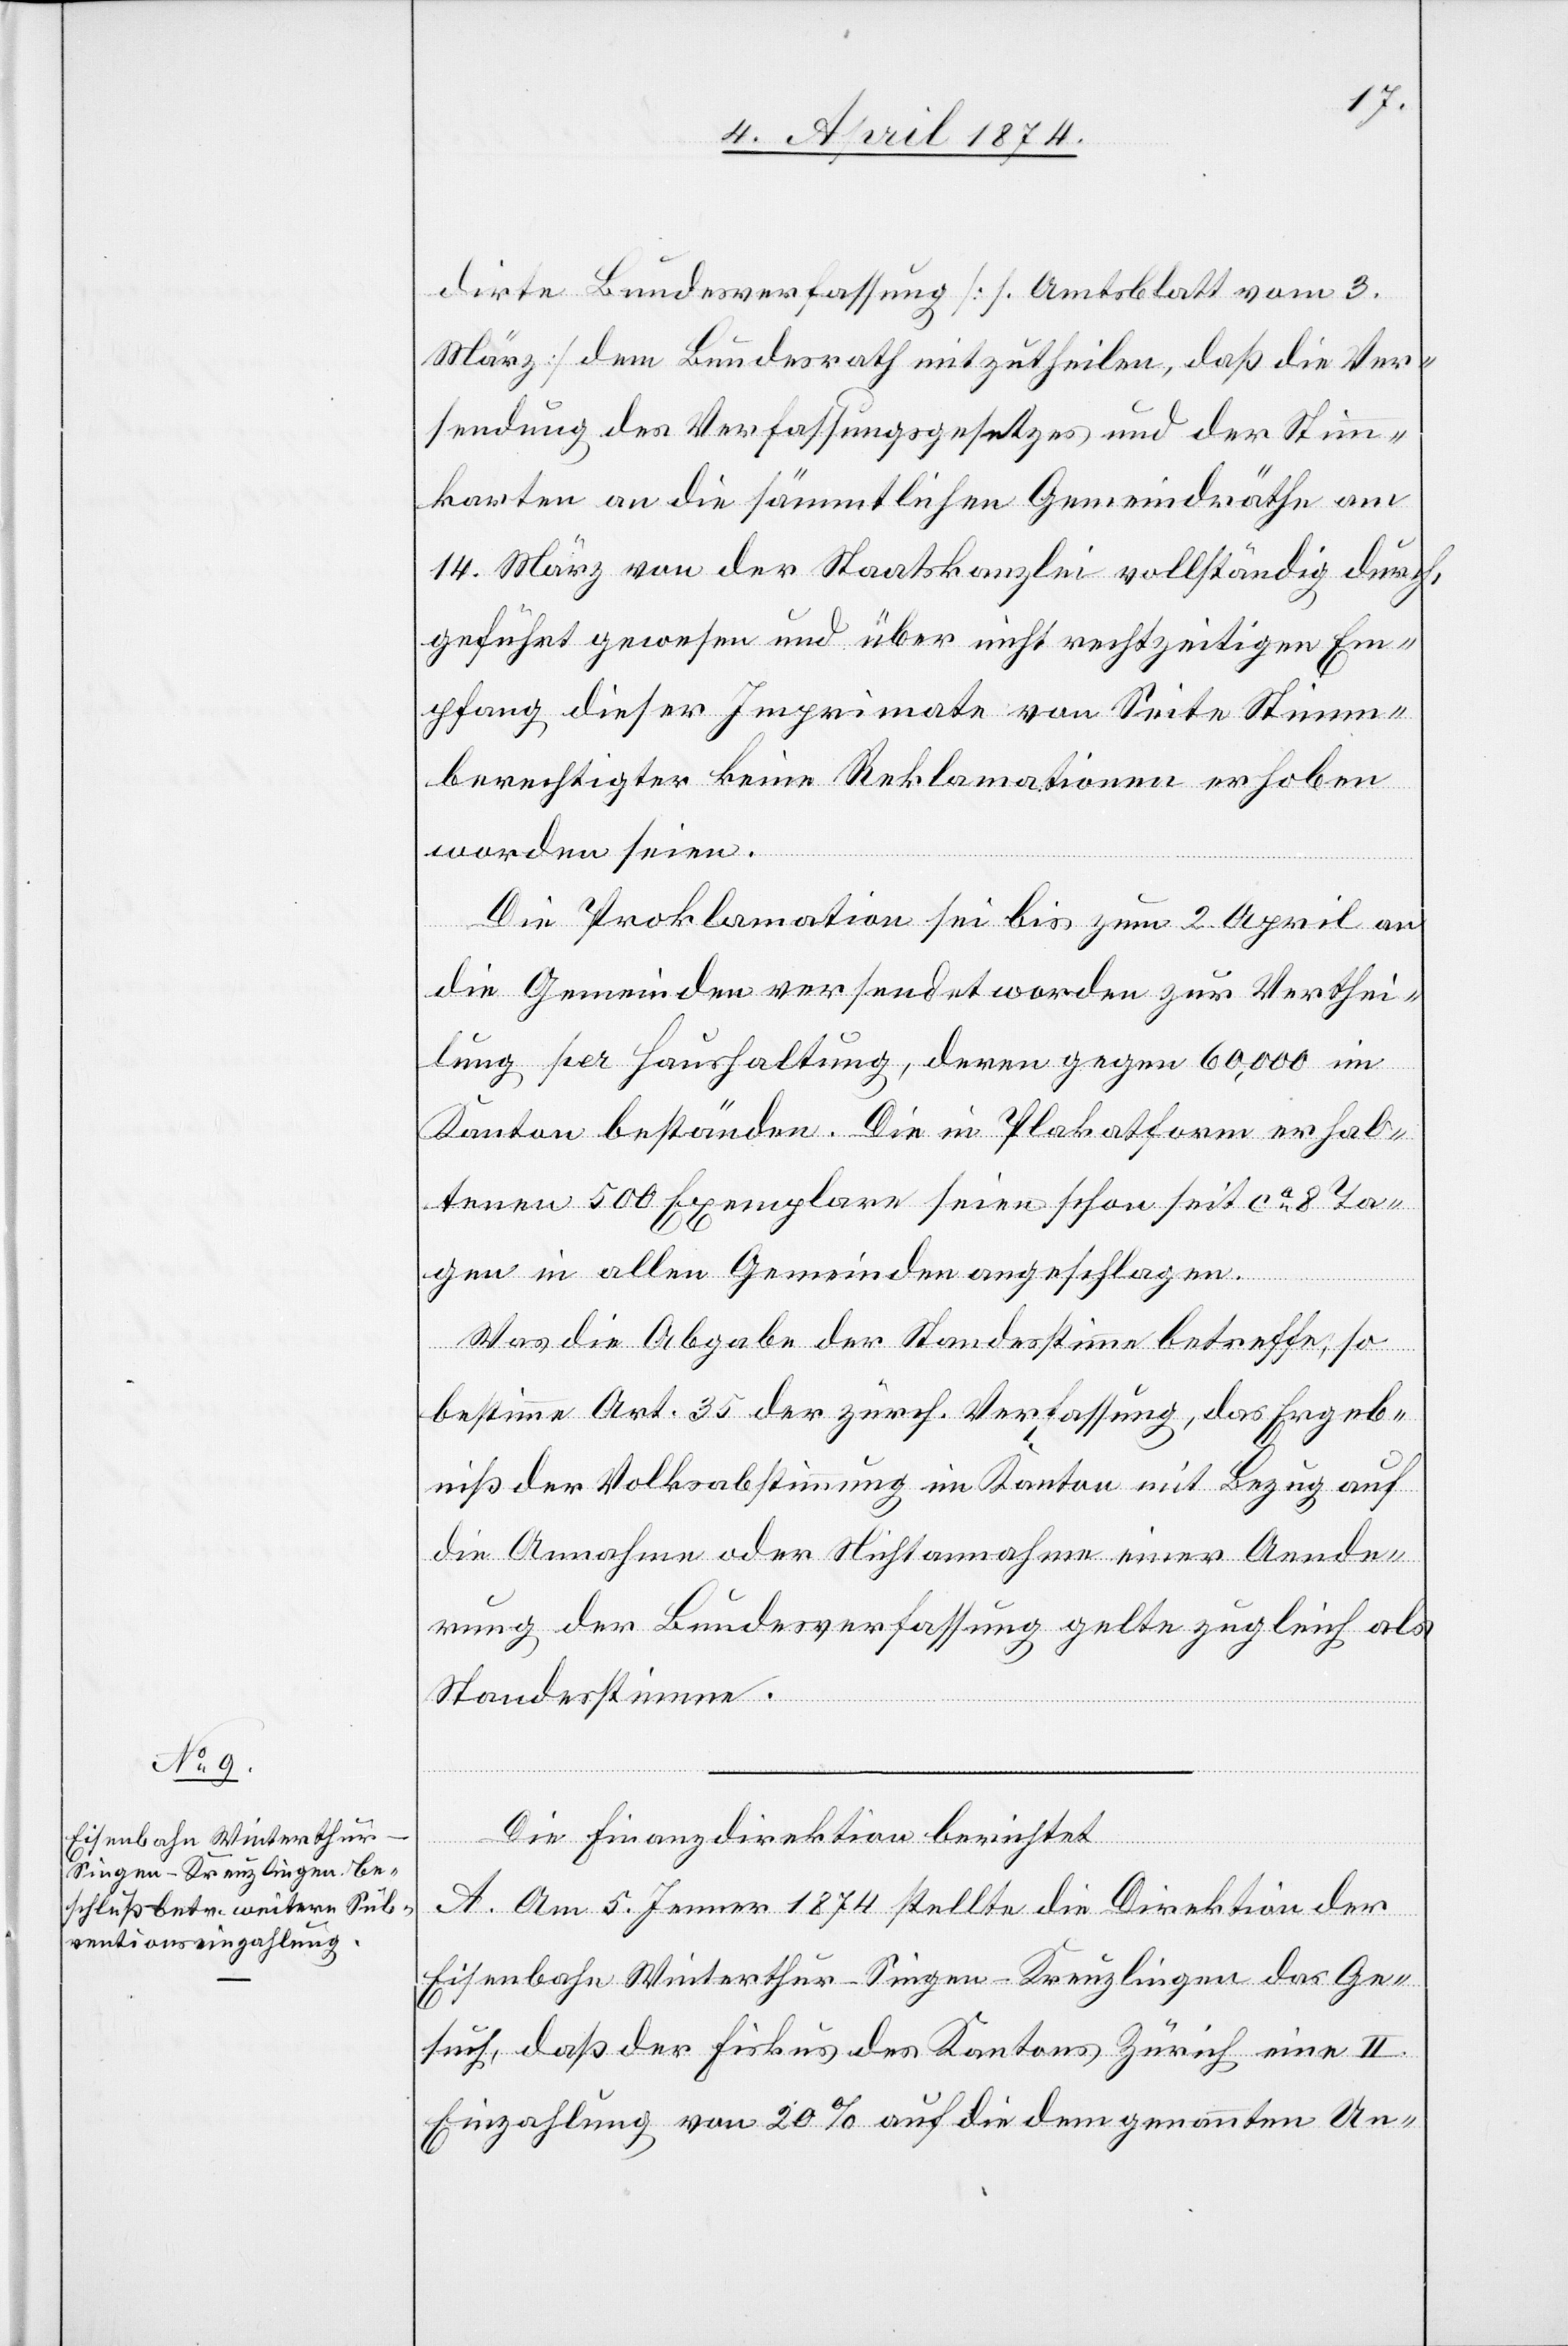
dirte Bundesverfassung [s. Amtsblatt vom 3.
März] dem Bundesrath mitzutheilen, daß die Ver¬
sendung des Verfassungsgesetzes und der Stimm¬
karten an die sämmtlichen Gemeindräthe am
14. März von der Staatskanzlei vollständig durch¬
geführt gewesen und über nicht rechtzeitigen Em¬
pfang dieser Imprimate von Seite Stimm¬
berechtigter keine Reklamationen erhoben
worden seien.
Die Proklamation sei bis zum 2. April an
die Gemeinden versendet worden zur Verthei¬
lung per Haushaltung, deren gegen 60,000 im
Kanton beständen. Die in Plakatform erhal¬
tenen 500 Exemplare seien schon seit ca 8 Ta¬
gen in allen Gemeinden angeschlagen.
Was die Abgabe der Standesstimme betreffe, so
bestimme Art. 35 der zürch. Verfassung, das Ergeb¬
niß der Volksabstimmung im Kanton mit Bezug auf
die Annahme oder Nichtannahme einer Aende¬
rung der Bundesverfassung gelte zugleich als
Standesstimme.
Die Finanzdirektion berichtet
A. Am 5. Jenner 1874 stellte die Direktion der
Eisenbahn Winterthur-Singen-Kreuzlingen das Ge¬
such, daß der Fiskus des Kantons Zürich eine II.
Einzahlung von 20% auf die dem genannten Un-